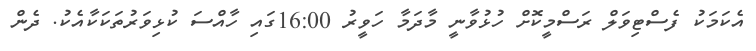
އެކަމަކު ފެސްޓިވަލް ރަސްމީކޮށް ހުޅުވާނީ މާދަމާ ހަވީރު 16:00ގައި ހާއްސަ ކުޅިވަރުތަކަކާއެކު. ދެން